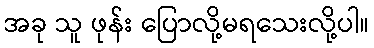
အခု သူ ဖုန်း ပြောလို့မရသေးလို့ပါ။